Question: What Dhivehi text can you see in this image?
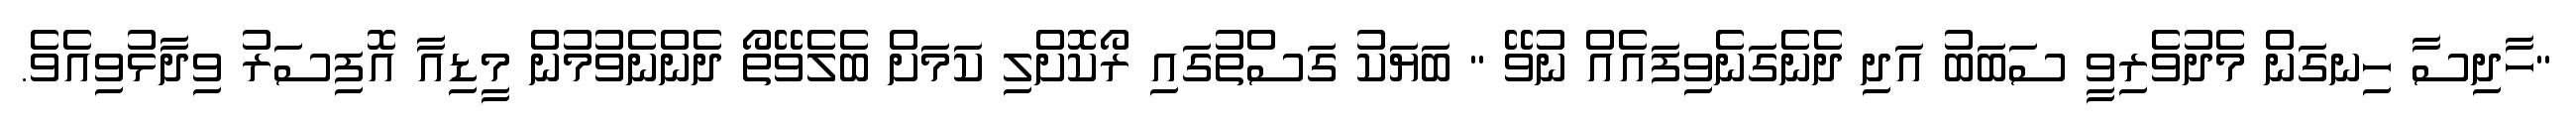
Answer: "ހާދިސާ ހިނގަން މެދުވެރިވީ ސަބަބު އަދި ދެނެގަނެވިފައެއް ނުވޭ " ބަޔަކު ގަސްތުގައި ރޯކޮށްލި ކަމަށް ބެލެވޭތޯ ދެންނެވުމުން މީޑިއާ އޮފިސަރު ވިދާޅުވިއެވެ.